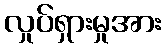
လှုပ်ရှားမှုအား